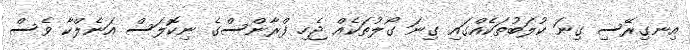
އިނގިރޭސި ގިނަ ކުލަބުތަކެއްގައި ގިނަ ގޯލުތަކެއް ޖެހި ފްރާންސްގެ ނިކޮލަސް އަނެލްކާ ވެސް